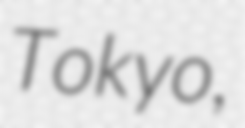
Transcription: Tokyo,